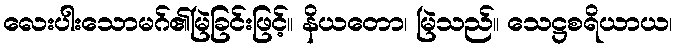
လေးပါးသောမဂ်၏မြဲခြင်းဖြင့်။ နိယတော၊ မြဲသည်။ သေဋ္ဌစရိယာယ၊